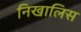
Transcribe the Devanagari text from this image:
निखालिस